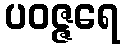
ပဝဇ္ဇရေ